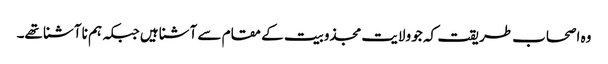
وہ اصحاب طریقت کہ جو ولایت مجذوبیت کے مقام سے آشنا ہیں جبکہ ہم نا آشنا تھے۔